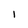
Character: 1